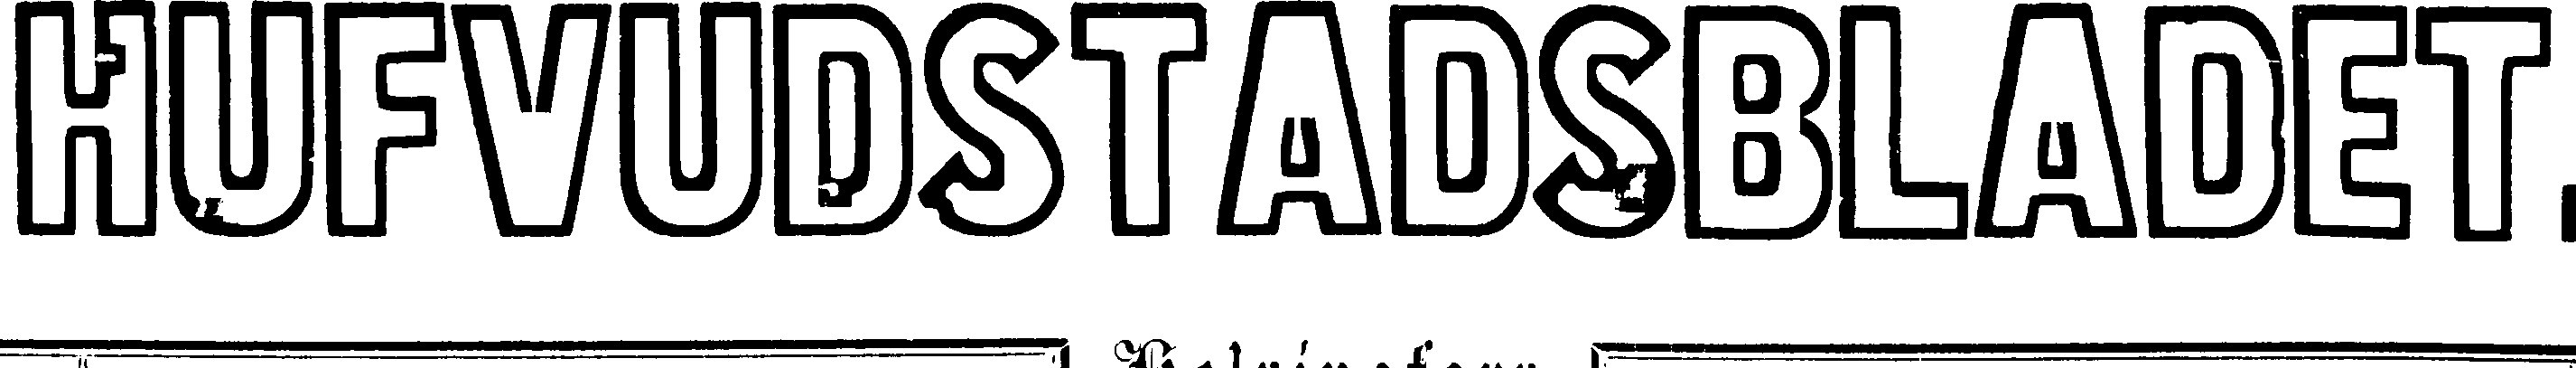
HUFVUDSTADSBLADET